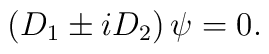
\left( D_1\pm iD_2\right)\psi=0.